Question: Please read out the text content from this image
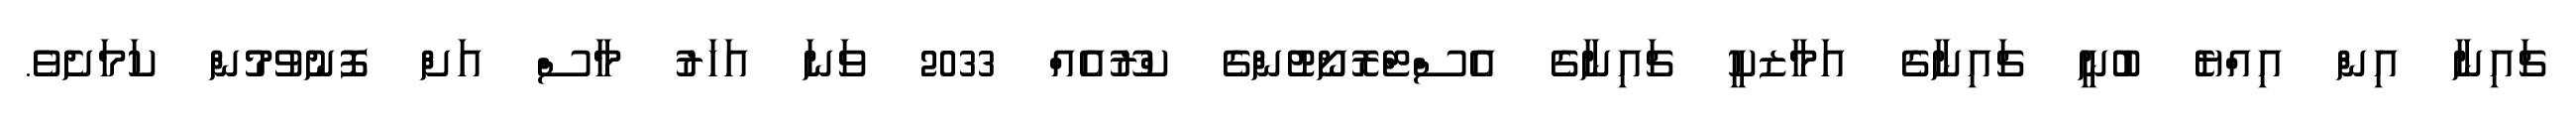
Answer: ޗައިނާ އިން އިއްޔެ ބުނީ ޗައިނާގެ އަމާޒކީ ޗައިނާގެ އެސްޓްރޮނޯޓުންގެ ކްރޫއެއް 2033 ވަނަ އަހަރު މާސް އަށް ފޮނުވުމުން ކަމަށެވެ.